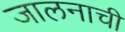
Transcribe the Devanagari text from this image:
जालनाची